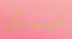
سيسكو